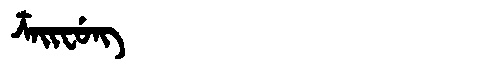
Manchu: ᡮᠠᡳᠸᡠᠩ
Romanization: TSAIFUNG